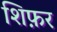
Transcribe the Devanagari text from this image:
शिफ़र